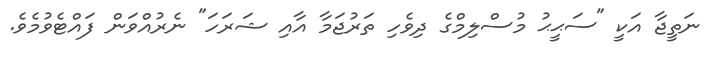
ނަތީޖާ އަކީ "ސަޙީޙު މުސްލިމްގެ ދިވެހި ތަރުޖަމާ އާއި ޝަރަހަ" ނެރުއްވަން ފައްޓެވުމެވެ.